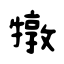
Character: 犜